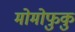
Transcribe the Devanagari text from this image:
मोमोफुकु